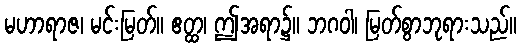
မဟာရာဇ၊ မင်းမြတ်။ ဧတ္ထ၊ ဤအရာ၌။ ဘဂဝါ၊ မြတ်စွာဘုရားသည်။